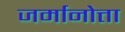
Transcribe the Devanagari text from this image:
जर्मानोत्ता